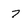
Character: 7